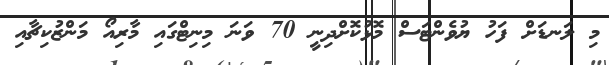
މި ލަނޑަށް ފަހު ޔުވެންޓަސް މޮޅުކޮށްދިނީ 70 ވަނަ މިނިޓްގައި މާރިއޯ މަންޒުކިޗާއި